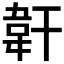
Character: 𩎒